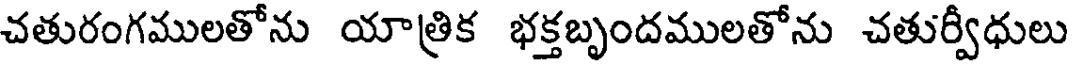
చతురంగములతోను యాత్రిక భక్తబృందములతోను చతుర్వీధులు